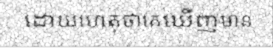
ដោយហេតុថាគេឃើញមាន